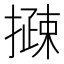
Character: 𢵽